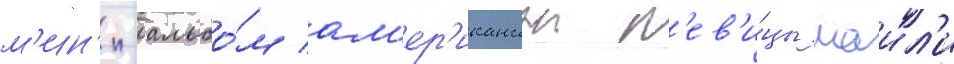
м'ин'и-альбо́м ам'ер'иканскои п'ев'и́цы маил'и